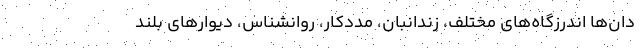
دان‌ها اندرزگاه‌های مختلف، زندانبان، مددکار، روانشناس، دیوارهای بلند